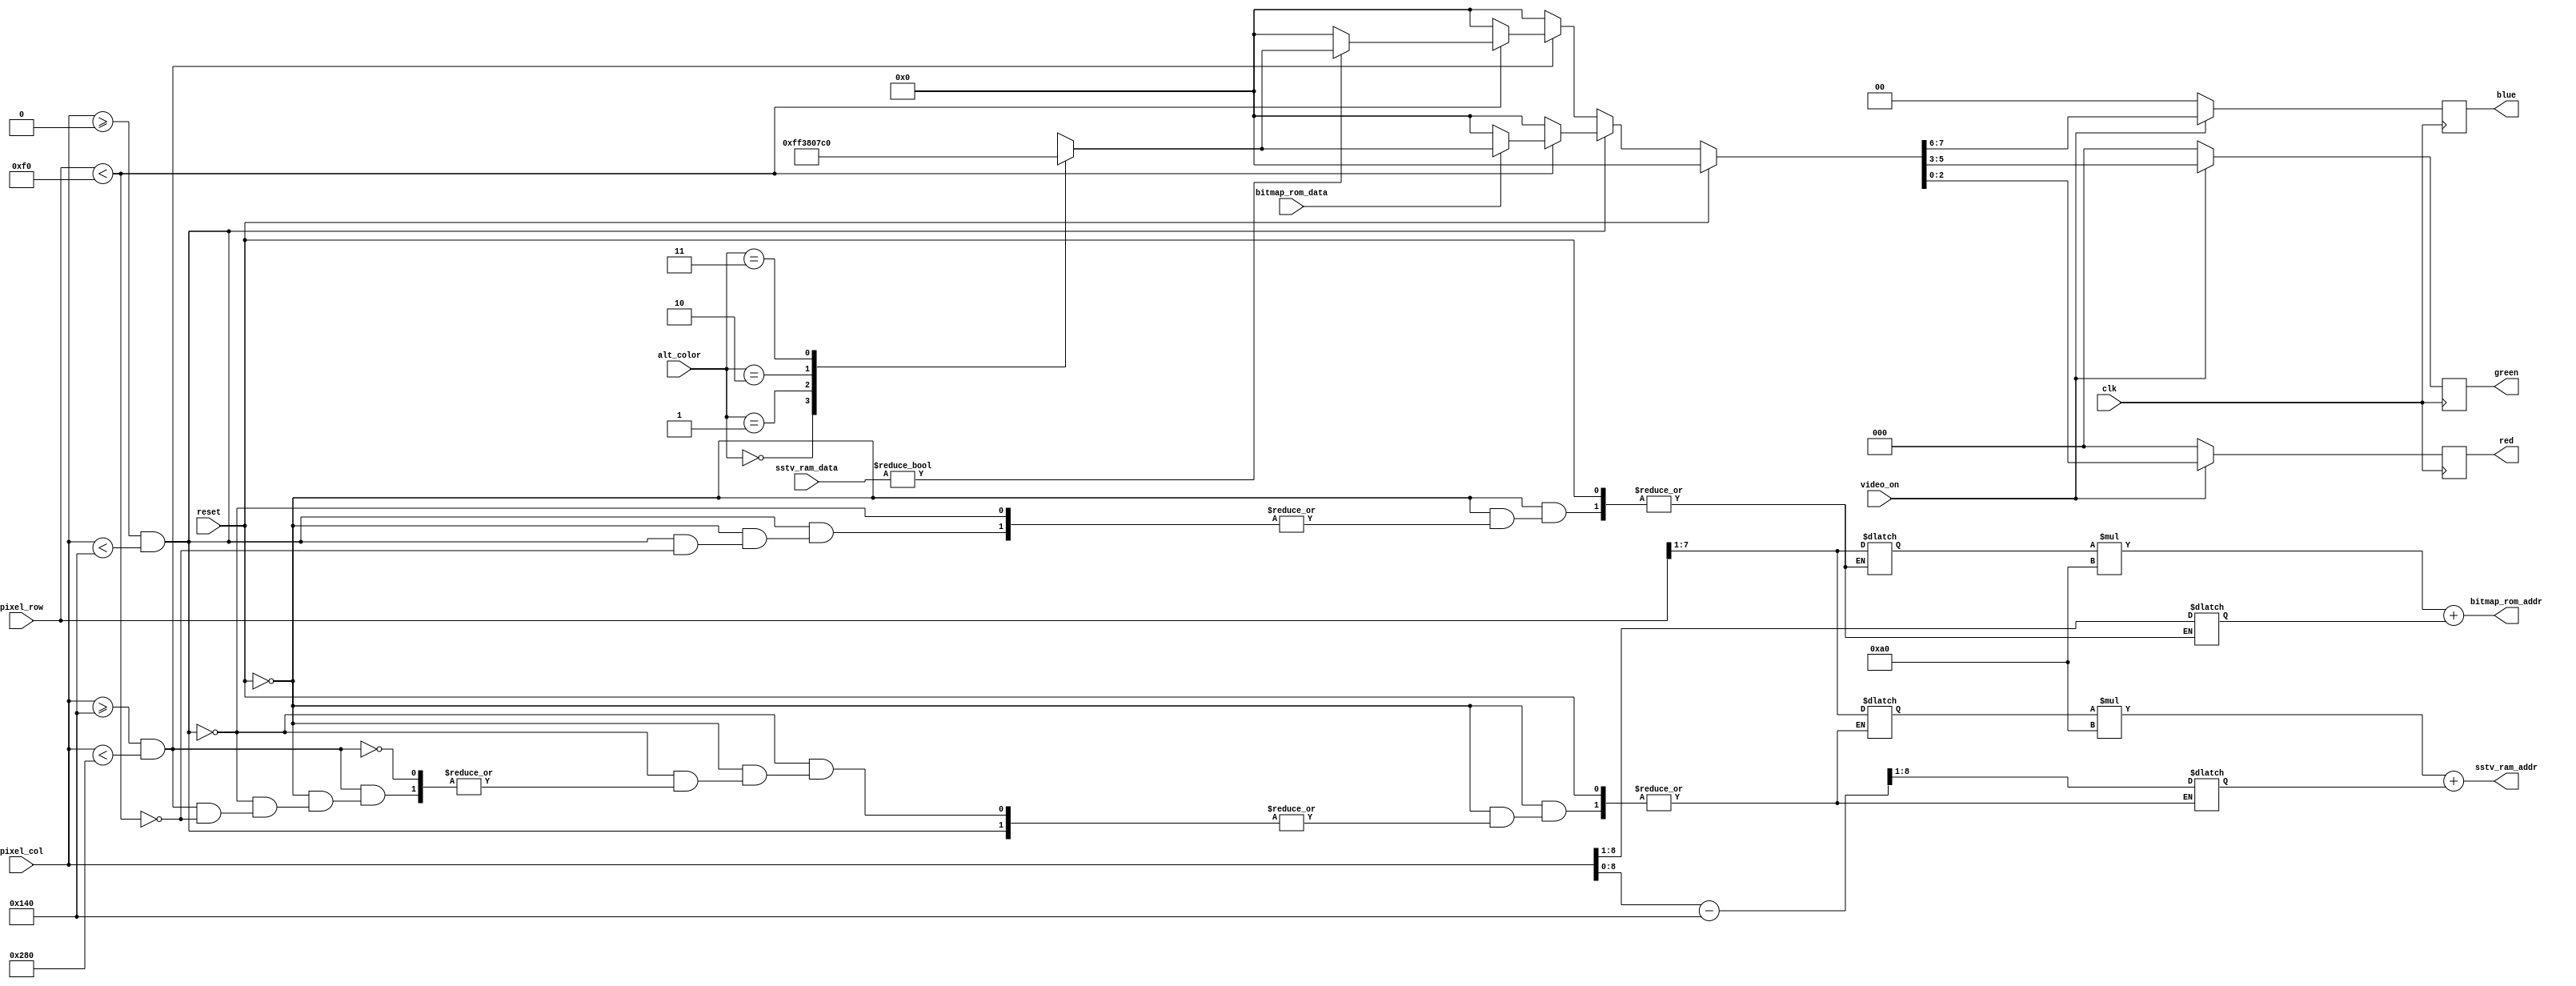
// sstv_vid.v - VGA translator for SSTV receiver
//
//         jack@bradach.net
//         github.com/jbradach
//
// Draws the input ROM image as well as the received image from the SSTV output
// RAM.  This will draw a 640x480x1 (scaled up from two 160x120x1 images)
// pattern from the two data sources.  The alt_color signal determines the
// "high" color signal used when video is drawn.  Changing it will cause an
// instant (well, close enough) color change of all "on" pixels.
module vga (
    input clk,
    input reset,

    input       [1:0]   alt_color,
    input               video_on,
    input       [9:0]   pixel_row,
    input       [9:0]   pixel_col,

    // Input from bitmap ROM
    output      [14:0]  bitmap_rom_addr,
    input               bitmap_rom_data,

    // Input from SSTV RAM
    output      [14:0]  sstv_ram_addr,
    input       [1:0]   sstv_ram_data,

    // Colors
    output reg  [2:0]   red,
    output reg  [2:0]   green,
    output reg  [1:0]   blue
);

    reg [7:0] bitmap_col;
    reg [6:0] bitmap_row;
    reg [7:0] sstv_col;
    reg [6:0] sstv_row;

    reg [7:0] color;
    reg [7:0] on_color;

    // Convert the row/col into a sensible address.
    assign bitmap_rom_addr  = (bitmap_row * 160) + bitmap_col;
    assign sstv_ram_addr    = (sstv_row * 160) + sstv_col;

    // Update the color registers on a clock edge.
    always @(posedge clk) begin
        if (video_on) begin
            red   <= color[2:0];
            green <= color[5:3];
            blue  <= color[7:6];
        end
        else begin
            // All colors to black during the blanking interval.
            red   <= 3'b000;
            green <= 3'b000;
            blue  <= 2'b00;
        end
    end

    // Constants for the few supported colors
    localparam COLOR_BLACK          = 8'b00_000_000;
    localparam COLOR_WHITE          = 8'b11_111_111;
    localparam COLOR_GREEN          = 8'b00_111_000;
    localparam COLOR_RED            = 8'b00_000_111;
    localparam COLOR_BLUE           = 8'b11_000_000;
    localparam COLOR_DARKGRAY       = 8'b01_010_010;
    localparam COLOR_LIGHTGRAY      = 8'b10_100_100;

    // Combo logic for mapping our "on" color.
    always @(*)
        if (reset)
            on_color = COLOR_WHITE;
        else
            case (alt_color)
                2'b00:
                    on_color = COLOR_WHITE;
                2'b01:
                    on_color = COLOR_GREEN;
                2'b10:
                    on_color = COLOR_RED;
                2'b11:
                    on_color = COLOR_BLUE;
            endcase

    // More combo logic for mapping ROM/RAM pixels
    // into VGA space.  Deeper logic than I'd like,
    // but it works and I'm tired.
    always @(*)
        if (reset)
            color = COLOR_BLACK;
        else begin
            color = COLOR_BLACK;

            // Bitmap ROM data
            if ((pixel_col >= 10'd0) && (pixel_col < 10'd320)) begin
                if (pixel_row < 10'd240) begin
                    bitmap_col = pixel_col >> 1;
                    bitmap_row = pixel_row >> 1;
                    if (bitmap_rom_data)
                        color = on_color;
                    else
                        color = COLOR_BLACK;
                end
            end

            // RAM (SSTV output) data
            else if ((pixel_col >= 10'd320) && (pixel_col < 10'd640)) begin
                if (pixel_row < 10'd240) begin
                    sstv_col = (pixel_col - 10'd320) >> 1;
                    sstv_row = pixel_row >> 1;
                    if (sstv_ram_data)
                        color = on_color;
                    else
                        color = COLOR_BLACK;
                end
            end
        end

endmodule